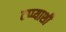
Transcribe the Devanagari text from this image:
टप्प्याशी